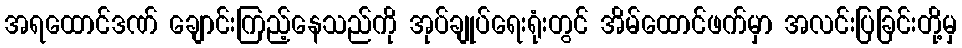
အရထောင်ဒဏ် ချောင်းကြည့်နေသည်ကို အုပ်ချုပ်ရေးရုံးတွင် အိမ်ထောင်ဖက်မှာ အလင်းပြခြင်းတို့မှ